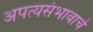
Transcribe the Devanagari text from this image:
अपत्यसंभावाचे